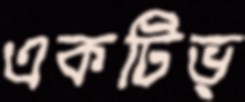
একটিভ্